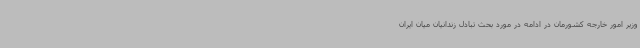
وزیر امور خارجه کشورمان در ادامه در مورد بحث تبادل زندانیان میان ایران